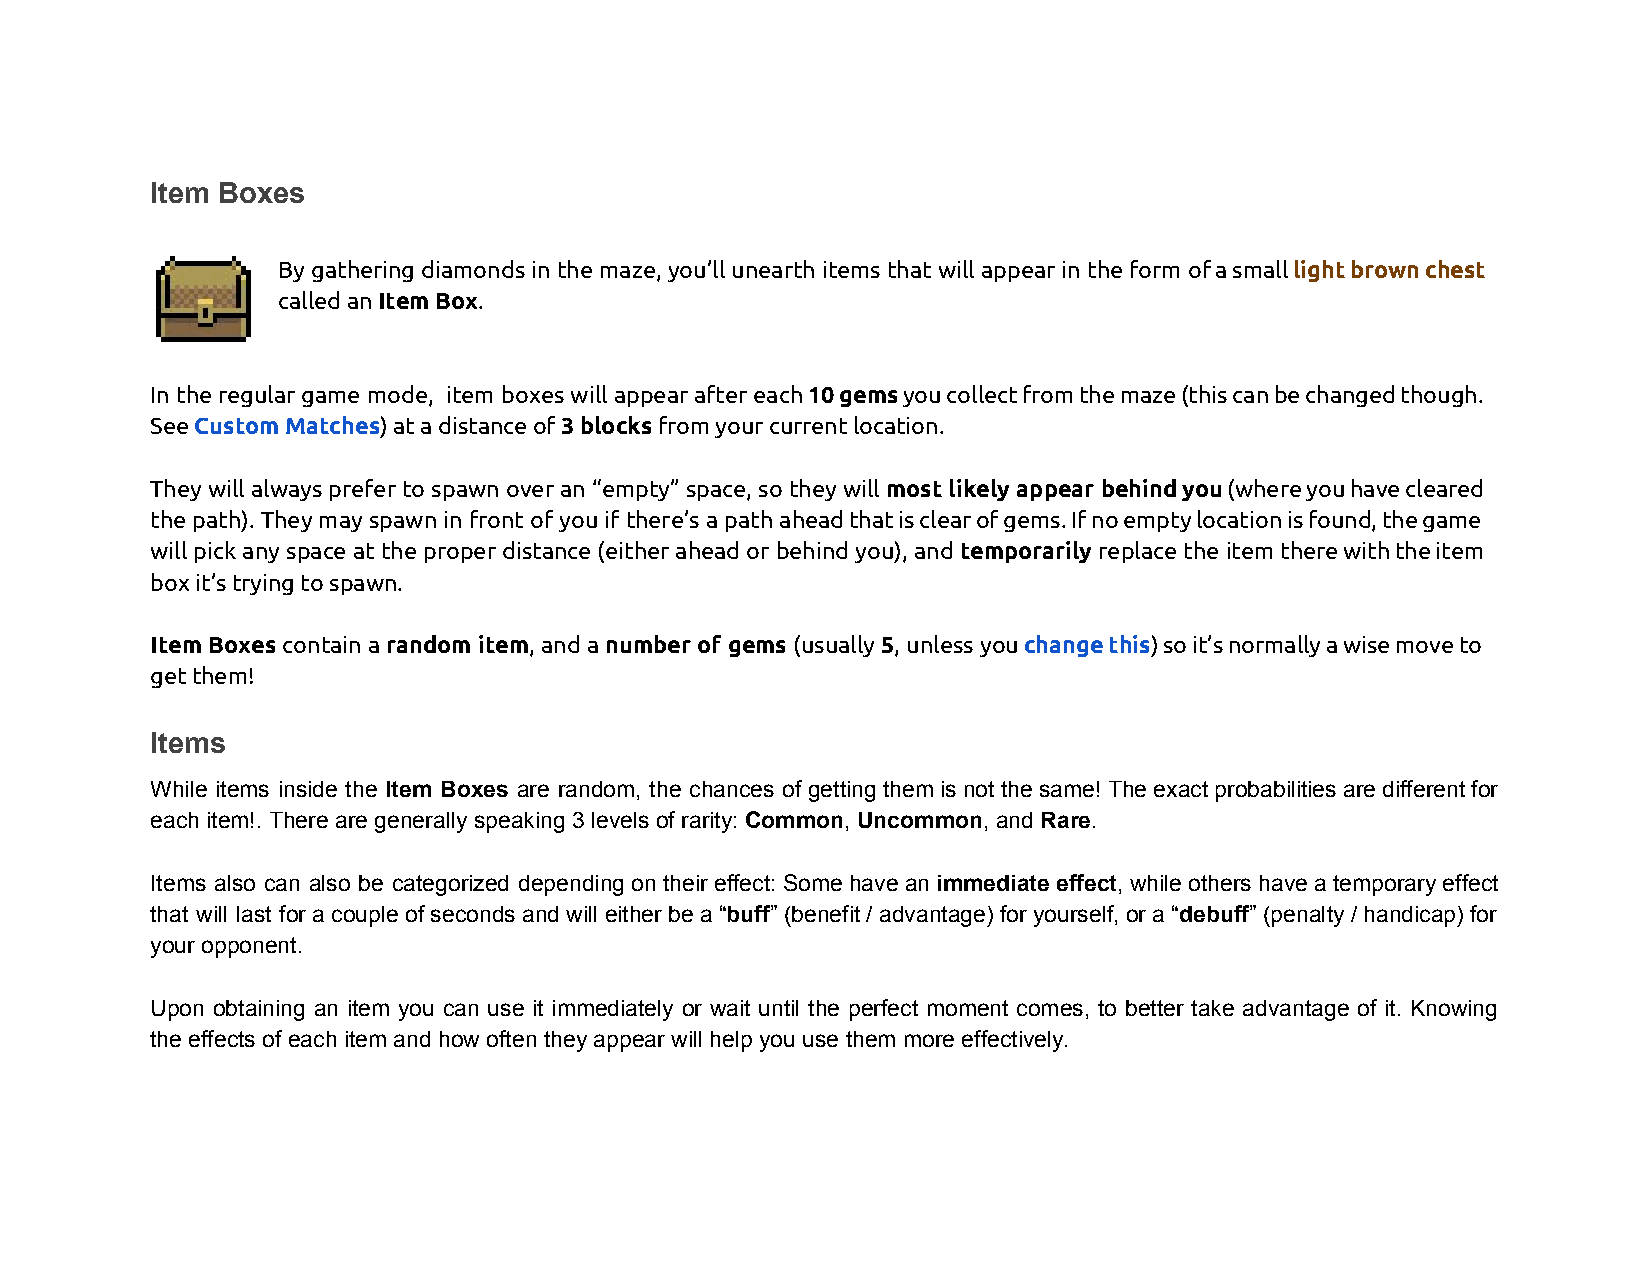
Item Boxes
 By gathering diamonds in the maze, you’ll unearth items that will appear in the form of a small light brown chest
 ​
 called an Item Box.
 ​      ​
 In the regular game mode, item boxes will appear after each 10 gems you collect from the maze (this can be changed though.
 ​
 See Custom Matches) at a distance of 3 blocks from your current location.
 ​           ​           ​     ​
 They will always prefer to spawn over an “empty” space, so they will most likely appear behind you (where you have cleared
 ​
 the path). They may spawn in front of you if there’s a path ahead that is clear of gems. If no empty location is found, the game
 will pick any space at the proper distance (either ahead or behind you), and temporarily replace the item there with the item
 ​
 box it’s trying to spawn.
 Item Boxes contain a random item, and a number of gems (usually 5, unless you change this) so it’s normally a wise move to
 ​        ​    ​                 ​​        ​       ​
 get them!
 Items
 While items inside the Item Boxes are random, the chances of getting them is not the same! The exact probabilities are different for
 ​
 each item!. There are generally speaking 3 levels of rarity: Common, Uncommon, and Rare.
 ​      ​​       ​   ​  ​
 Items also can also be categorized depending on their effect: Some have an immediate effect, while others have a temporary effect
 ​           ​
 that will last for a couple of seconds and will either be a “buff” (benefit / advantage) for yourself, or a “debuff” (penalty / handicap) for
 ​  ​                          ​    ​
 your opponent.
 Upon obtaining an item you can use it immediately or wait until the perfect moment comes, to better take advantage of it. Knowing
 the effects of each item and how often they appear will help you use them more effectively.